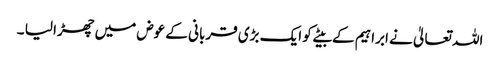
اللہ تعالیٰ نے ابراہیم کے بیٹے کو ایک بڑی قربانی کے عوض میں چھڑا لیا ۔